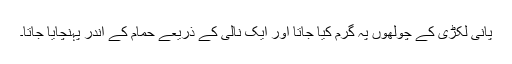
پانی لکڑی کے چولھوں پہ گرم کیا جاتا اور ایک نالی کے ذریعے حمام کے اندر پہنچایا جاتا۔